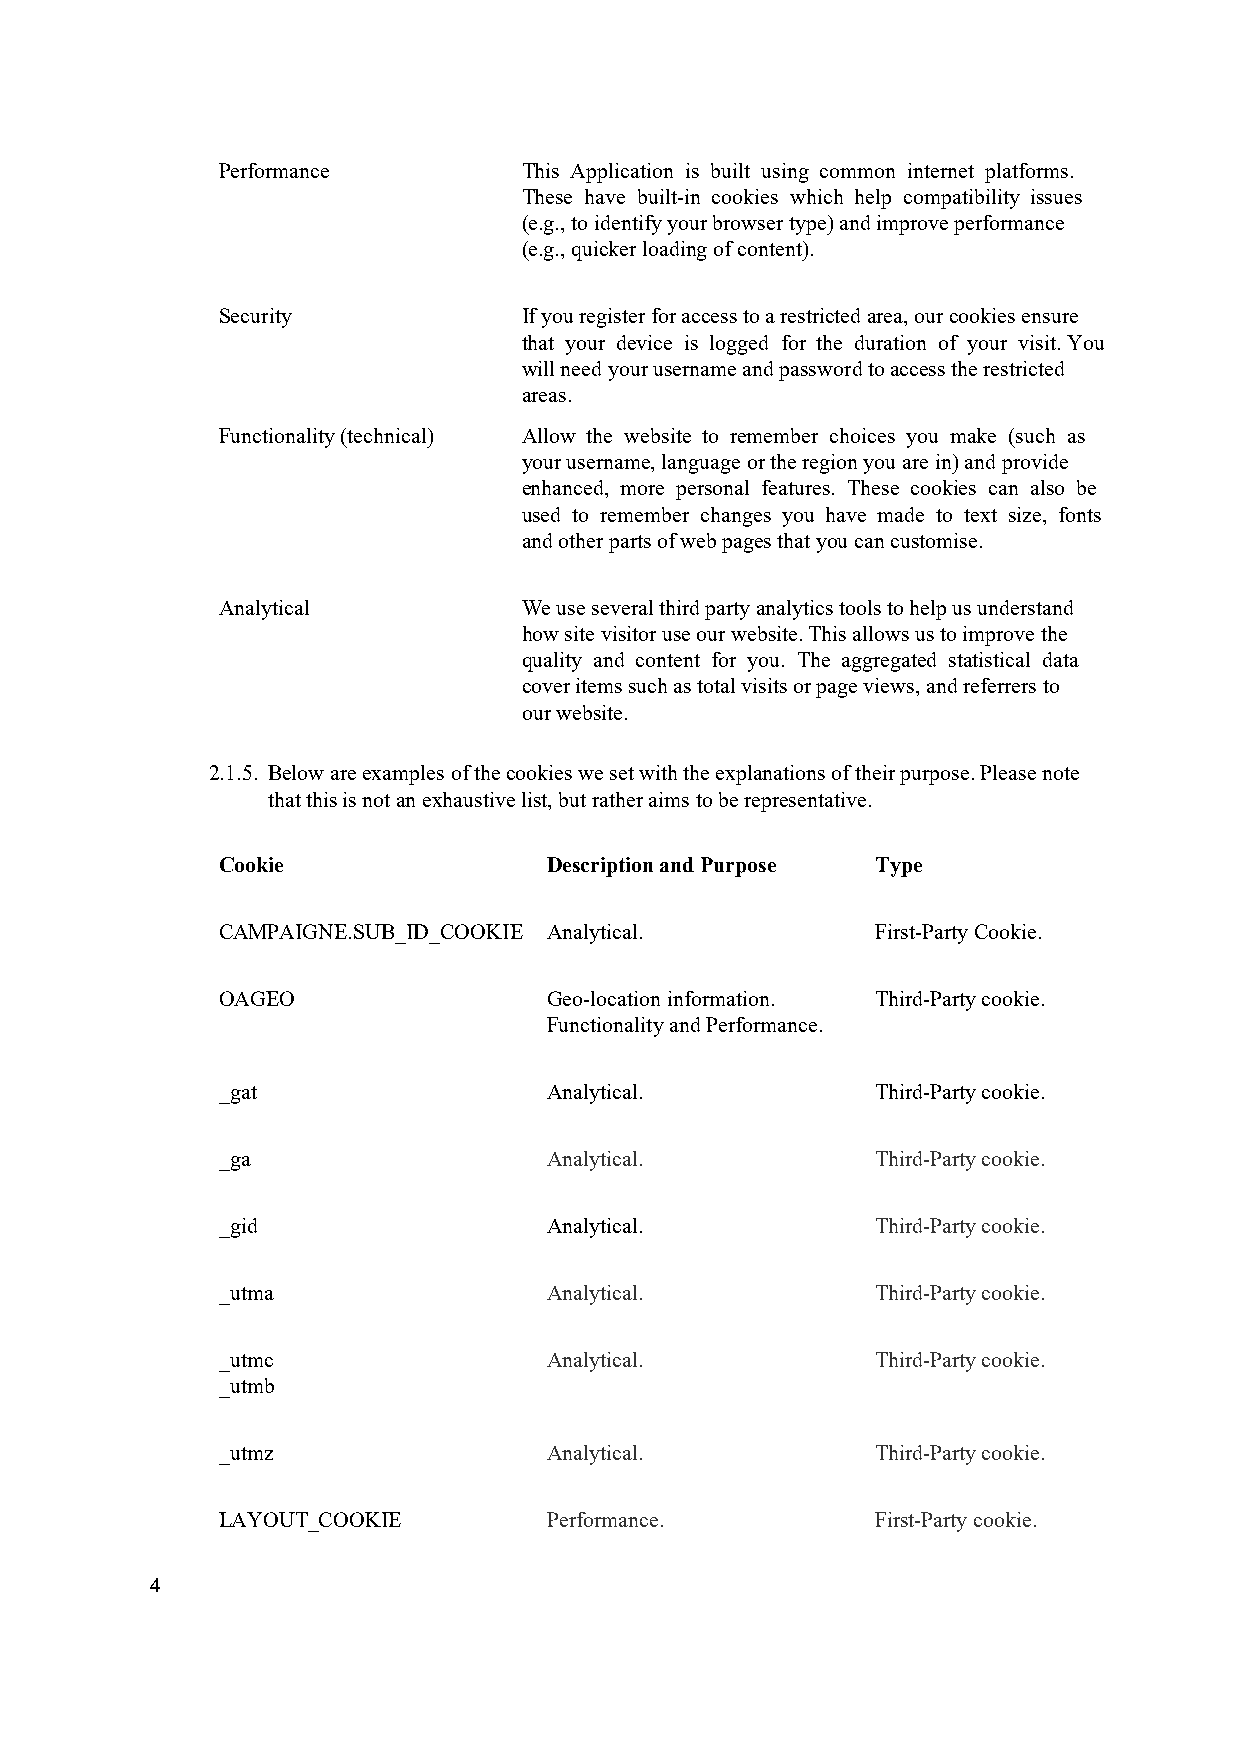
Performance          This Application is built using common internet platforms.
 These have built-in cookies which help compatibility issues
 (e.g., to identify your browser type) and improve performance
 (e.g., quicker loading of content).
 Security             If you register for access to a restricted area, our cookies ensure
 that your device is logged for the duration of your visit. You
 will need your username and password to access the restricted
 areas.
 Functionality (technical) Allow the website to remember choices you make (such as
 your username, language or the region you are in) and provide
 enhanced, more personal features. These cookies can also be
 used to remember changes you have made to text size, fonts
 and other parts of web pages that you can customise.
 Analytical           We use several third party analytics tools to help us understand
 how site visitor use our website. This allows us to improve the
 quality and content for you. The aggregated statistical data
 cover items such as total visits or page views, and referrers to
 our website.
 2.1.5. Below are examples of the cookies we set with the explanations of their purpose. Please note
 that this is not an exhaustive list, but rather aims to be representative.
 Cookie                Description and Purpose Type
 CAMPAIGNE.SUB_ID_COOKIE Analytical.         First-Party Cookie.
 OAGEO                 Geo-location information. Third-Party cookie.
 Functionality and Performance.
 _gat                  Analytical.           Third-Party cookie.
 _ga                   Analytical.           Third-Party cookie.
 _gid                  Analytical.           Third-Party cookie.
 _utma                 Analytical.           Third-Party cookie.
 _utmc                 Analytical.           Third-Party cookie.
 _utmb
 _utmz                 Analytical.           Third-Party cookie.
 LAYOUT_COOKIE         Performance.          First-Party cookie.
 4